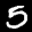
Label: 5